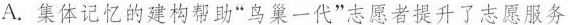
A.集体记忆的建构帮助”鸟巢一代”志者提升了志愿服务